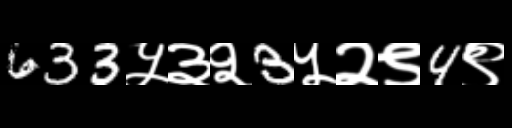
Text: 633५३२3५२९4९